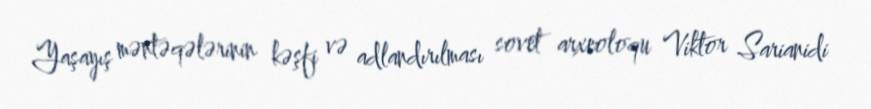
Yaşayış məntəqələrinin kəşfi və adlandırılması sovet arxeoloqu Viktor Sarianidi